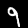
Digit: 9